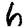
Digit: 6